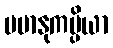
မမာနုကမ္ပိယာ